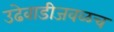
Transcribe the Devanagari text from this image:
उढेवाडीजवळच